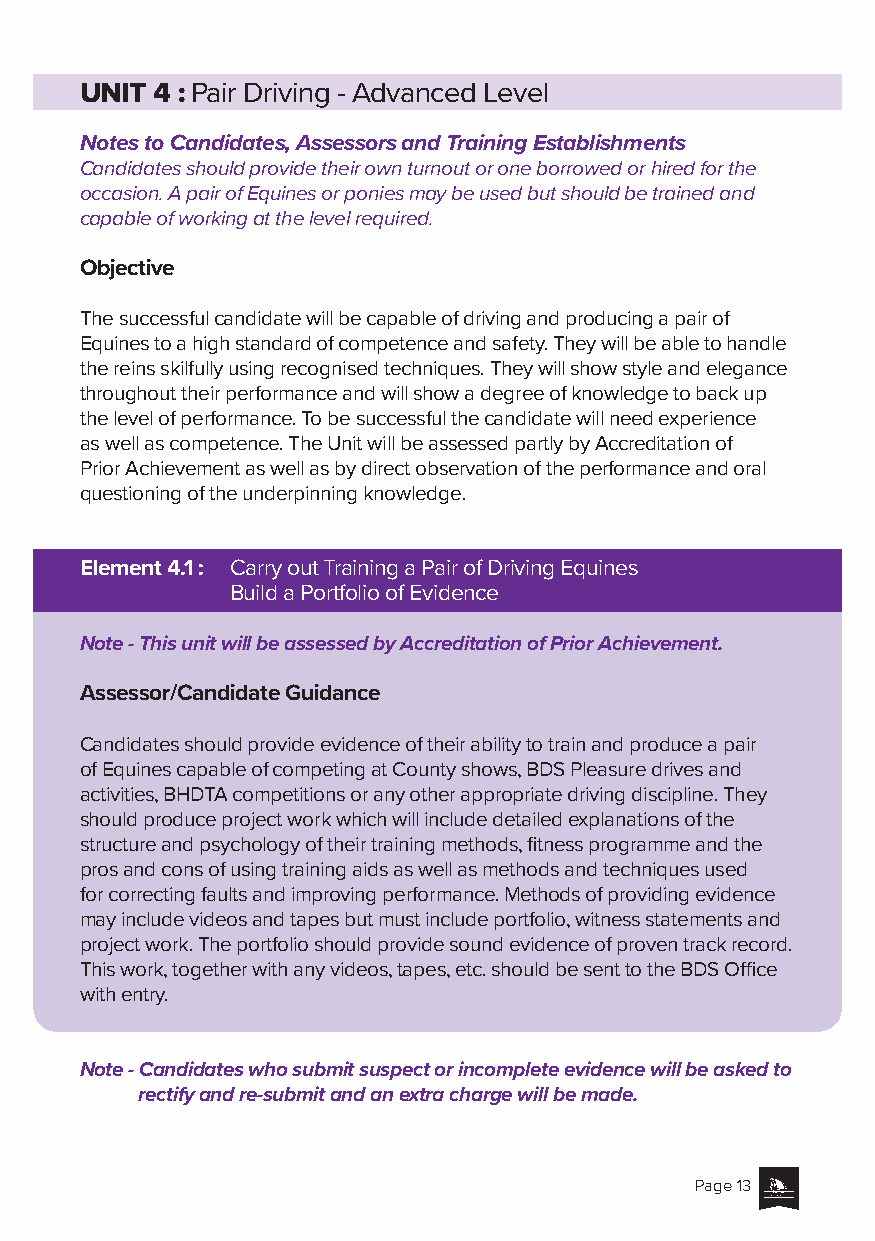
UNIT 4 : Pair Driving - Advanced Level
 Notes to Candidates, Assessors and Training Establishments
 Candidates should provide their own turnout or one borrowed or hired for the
 occasion. A pair of Equines or ponies may be used but should be trained and
 capable of working at the level required.
 Objective
 The successful candidate will be capable of driving and producing a pair of
 Equines to a high standard of competence and safety. They will be able to handle
 the reins skilfully using recognised techniques. They will show style and elegance
 throughout their performance and will show a degree of knowledge to back up
 the level of performance. To be successful the candidate will need experience
 as well as competence. The Unit will be assessed partly by Accreditation of
 Prior Achievement as well as by direct observation of the performance and oral
 questioning of the underpinning knowledge.
 Element 4.1 : Carry out Training a Pair of Driving Equines
 Build a Portfolio of Evidence
 Note - This unit will be assessed by Accreditation of Prior Achievement.
 Assessor/Candidate Guidance
 Candidates should provide evidence of their ability to train and produce a pair
 of Equines capable of competing at County shows, BDS Pleasure drives and
 activities, BHDTA competitions or any other appropriate driving discipline. They
 should produce project work which will include detailed explanations of the
 structure and psychology of their training methods, fitness programme and the
 pros and cons of using training aids as well as methods and techniques used
 for correcting faults and improving performance. Methods of providing evidence
 may include videos and tapes but must include portfolio, witness statements and
 project work. The portfolio should provide sound evidence of proven track record.
 This work, together with any videos, tapes, etc. should be sent to the BDS Office
 with entry.
 Note - Candidates who submit suspect or incomplete evidence will be asked to
 rectify and re-submit and an extra charge will be made.
 Page 13